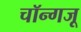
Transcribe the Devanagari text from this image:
चॉन्गजू